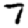
Digit: 7